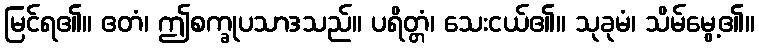
မြင်ရ၏။ ဧတံ၊ ဤစက္ခုပသာဒသည်။ ပရိတ္တံ၊ သေးငယ်၏။ သုခုမံ၊ သိမ်မွေ့၏။